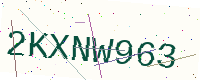
Text: 2KXNW963